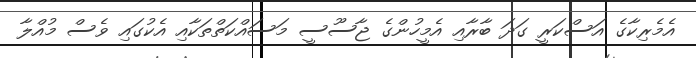
އެމެރިކާގެ އަސްކަރީ ގަދަ ބާރާއި އެމީހުންގެ ޖާސޫސީ މަސައްކަތްތަކާއި އެކުގައި ވެސް މުއްލާ